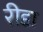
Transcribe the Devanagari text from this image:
रीडा